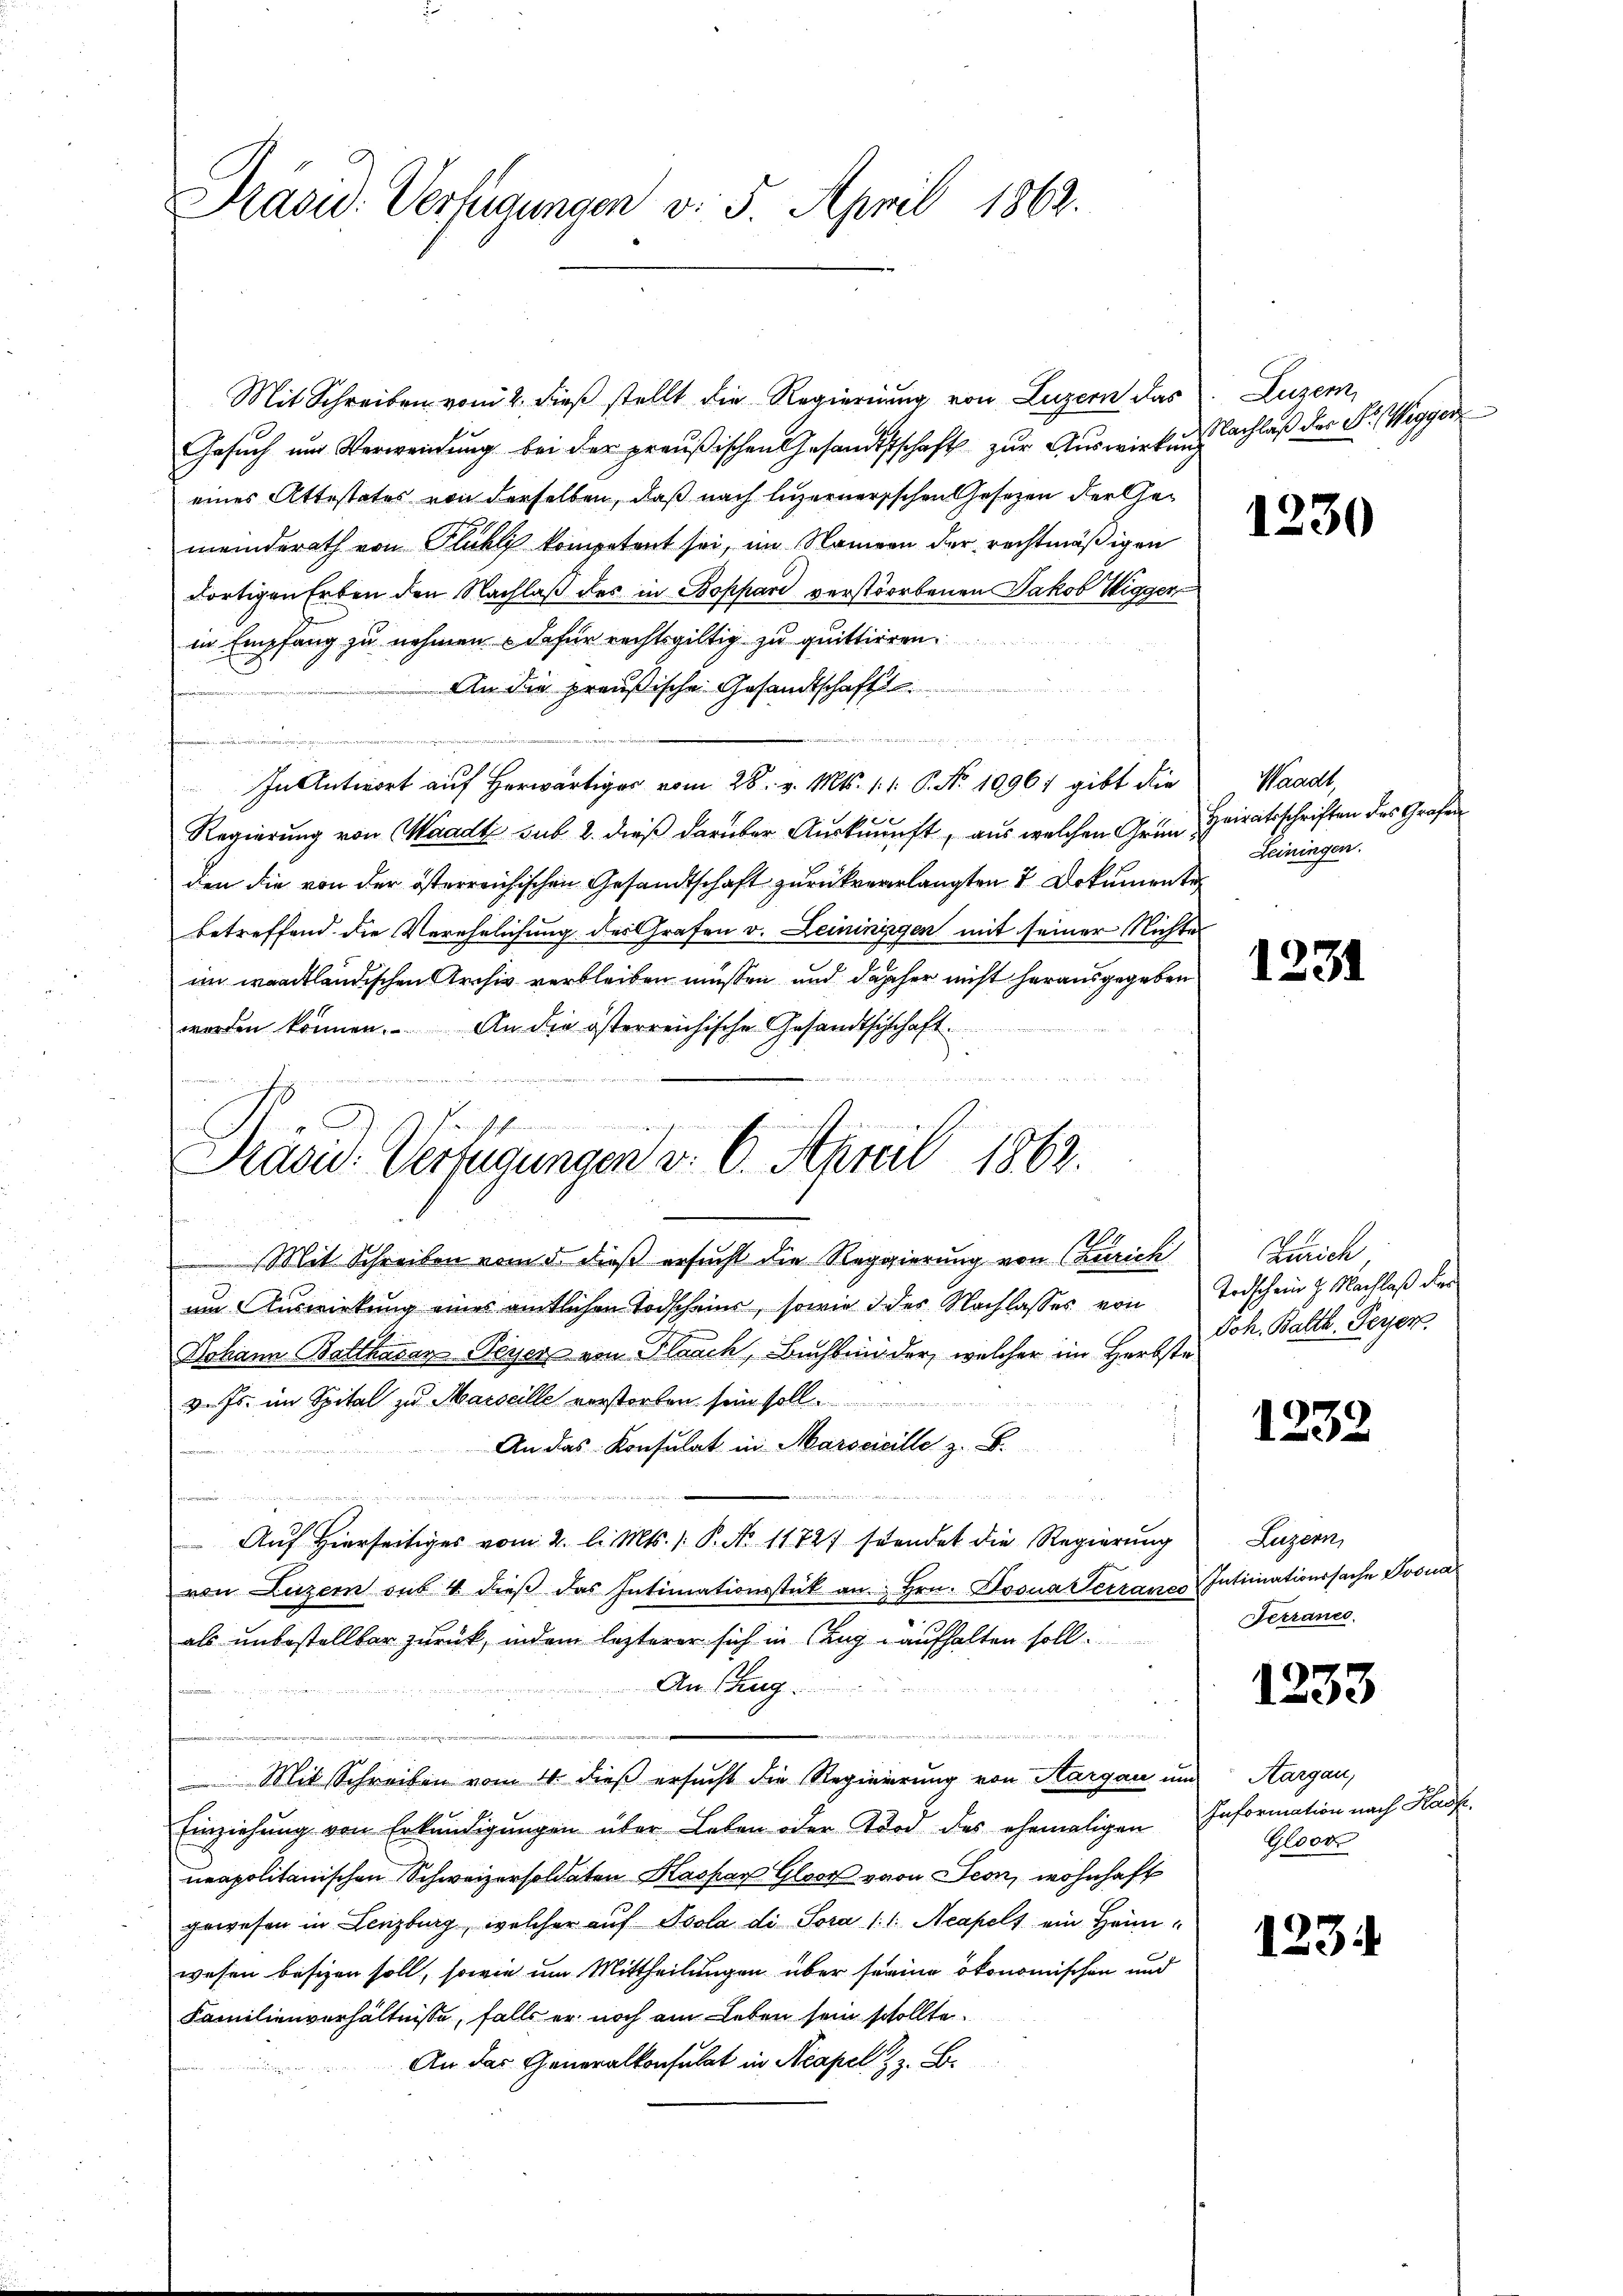
Präsid. Verfügungen v. 5. April 1862.

Mit Schreiben vom 2. dieß stellt die Regierung von Luzern das
Gesuch und Verweisung bei der preußischen Gesandtschaft zur Auswirkungsachlaß der S. Wegger
eines Attestates von derselben, daß nach luzernerischen Gesetzen der Gemeinderath von Pluhli kompetent sei, im Namen der rechtmäßigen
dortigen Erben den Nachlaß des in Boppard verstorbenen Jakob Wigger
in Empfang zu nehmen dafür rechtsgültig zu quittieren.
An die preußische Gesandtschaft

n
In Antwort auf Herwärtig vom 28. v. Mts. 11. P. Nr. 10961 gibt die
Regierŭng von Waadt sub. 2. dieβ darüber Aŭskŭŭnft, aŭs welchen Grün, Heiratsschriften des Grafen
den die von der österreichischen Gesandtschaft zurückverlangten 2 Dokumente
betreffend die Verehelichung des Grafen v. Leininigen mit seiner Nichtes
an waadtländischen Archiv verbleiben müssen und daher nicht herausgegeben
werden können. An die österreichische Gesandtschschaft
 Mit Schreiben vom 5. dieß ersucht die Reggierung von Zürich
um Auswirkung eines amtlichen Todscheins, sowie d des Nachlasses von Todschein J. Nachlaß der
Johann Balthasar Peyer von Flaach, Buchbinder, welcher im Herbste
v. Js. im Spital zu Marseille verstorben, sein soll
An das Konsulat in Marscicille z. B.
e
Auf Hierseitiges vom 2. l. Mts. /: P. No 11727 sendet die Regierung
von Luzern aus 4 dieβ das Intimationsstück an Hrn. Doona Terraues Intimationssache Poona
als unbestellbar zurück, indem lezterer sich in Zug aufhalten soll.
Anshag
¬
Mit Schreiben vom 4. dieß ersucht die Regierirung von Aargau und Aargau,
Einziehung von Erkundigungen über Leben oder Tod des ehemaligen Information nach Hausneapolitanischen Schweizersoldaten Kaspar Gloor von Seon, wohnhaft
gewesen in Lenzburg, welcher auf Psola di Sora 11. Neapels ein Heimwesen besizen soll, sowie um Mittheilungen über seine ökonomischen und
Familienverhältnisse, falls er noch am Leben sein schollte.
An das Generalkonsulat in Neapel z. B.

oestehen
Präsid. Verfügungen v. 6. April 1862.

Luzern,

1230

Waadt,
Leiningen.

1231

Zürich
Joh. Balth. Peyer.

1232

Luzern,
Terrancs.

1233

Gloor

123.